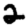
Digit: 2